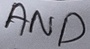
Text: AND